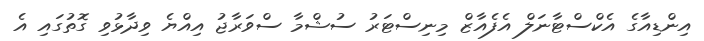
އިންޑިއާގެ އެކްސްޓާނަލް އެފެއާޒް މިނިސްޓަރު ސުޝްމާ ސްވަރާޖު އިއްޔެ ވިދާޅުވި ގޮތުގައި އެ